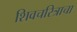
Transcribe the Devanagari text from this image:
शिवचरित्राचा